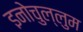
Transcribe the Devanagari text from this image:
इनोचुल्लुम